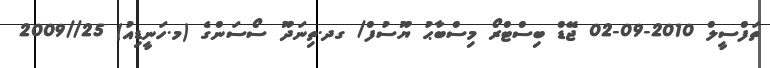
ތަފްސީލް 2010-09-02 ޖޭޑް ބިސްޓްރޯ މިސްބާޙު ޔޫސުފް/ ގދ.ތިނަދޫ ސޯސަންގެ (މ.ހަނީޑިއު) 25//2009